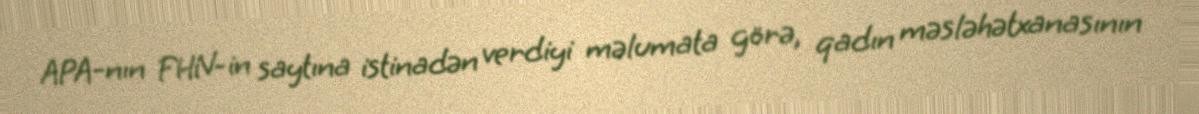
APA-nın FHN-in saytına istinadən verdiyi məlumata görə, qadın məsləhətxanasının